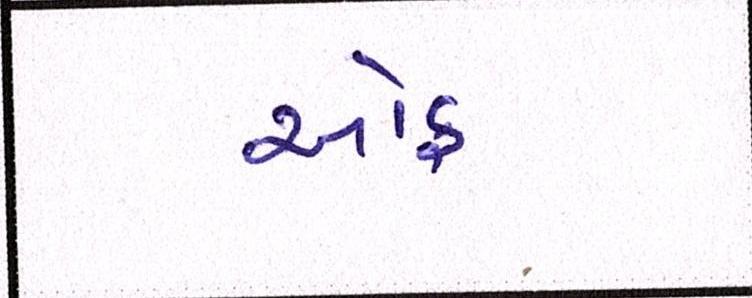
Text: ઑફ